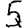
Digit: 5